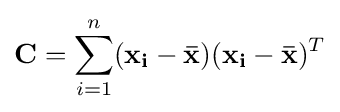
\mathbf {C} =\sum _{i=1}^{n}(\mathbf {x_{i}} -\mathbf {\bar {x}} )(\mathbf {x_{i}} -\mathbf {\bar {x}} )^{T}